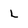
Character: L